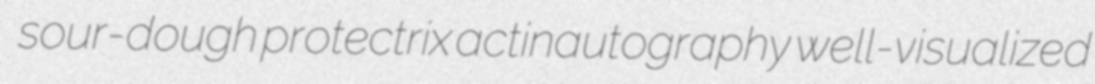
sour-dough protectrix actinautography well-visualized